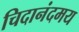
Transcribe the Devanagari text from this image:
चिदानंदमय